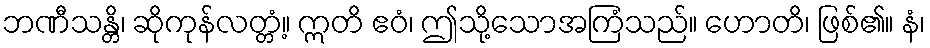
ဘဏီသန္တိ၊ ဆိုကုန်လတ္တံ့။ ဣတိ ဧဝံ၊ ဤသို့သောအကြံသည်။ ဟောတိ၊ ဖြစ်၏။ နံ၊